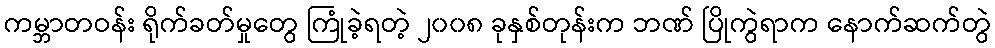
ကမ္ဘာတဝန်း ရိုက်ခတ်မှုတွေ ကြုံခဲ့ရတဲ့ ၂၀၀၈ ခုနှစ်တုန်းက ဘဏ် ပြိုကွဲရာက နောက်ဆက်တွဲ